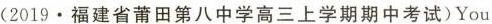
(2019.福建省莆田第八中学高三上学期期中考试)You